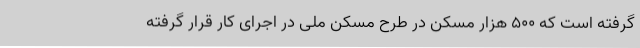
گرفته است که ۵۰۰ هزار مسکن در طرح مسکن ملی در اجرای کار قرار گرفته